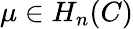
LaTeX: \mu\in H_{n}(C)